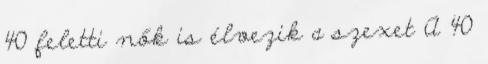
40 feletti nők is élvezik a szexet A 40